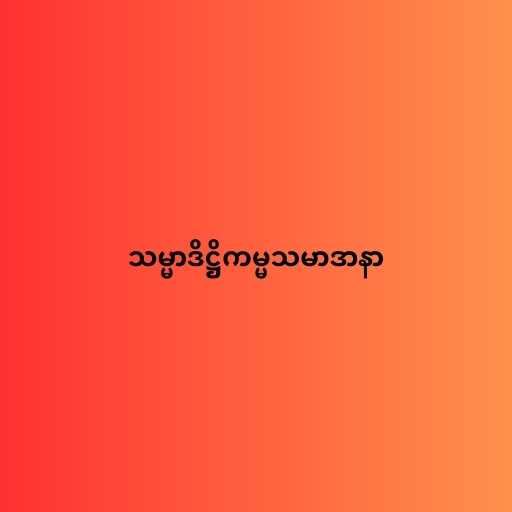
သမ္မာဒိဋ္ဌိကမ္မသမာဒာနာ